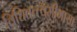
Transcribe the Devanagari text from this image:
विधितत्त्वमीमांसा